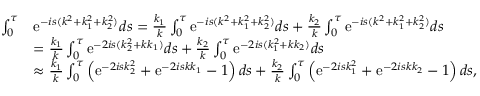
\begin{array} { r l } { \int _ { 0 } ^ { \tau } } & { \mathrm { e } ^ { - i s ( k ^ { 2 } + k _ { 1 } ^ { 2 } + k _ { 2 } ^ { 2 } ) } d s = \frac { k _ { 1 } } { k } \int _ { 0 } ^ { \tau } \mathrm { e } ^ { - i s ( k ^ { 2 } + k _ { 1 } ^ { 2 } + k _ { 2 } ^ { 2 } ) } d s + \frac { k _ { 2 } } { k } \int _ { 0 } ^ { \tau } \mathrm { e } ^ { - i s ( k ^ { 2 } + k _ { 1 } ^ { 2 } + k _ { 2 } ^ { 2 } ) } d s } \\ & { = \frac { k _ { 1 } } { k } \int _ { 0 } ^ { \tau } \mathrm { e } ^ { - 2 i s ( k _ { 2 } ^ { 2 } + k k _ { 1 } ) } d s + \frac { k _ { 2 } } { k } \int _ { 0 } ^ { \tau } \mathrm { e } ^ { - 2 i s ( k _ { 1 } ^ { 2 } + k k _ { 2 } ) } d s } \\ & { \approx \frac { k _ { 1 } } { k } \int _ { 0 } ^ { \tau } \left( \mathrm { e } ^ { - 2 i s k _ { 2 } ^ { 2 } } + \mathrm { e } ^ { - 2 i s k k _ { 1 } } - 1 \right) d s + \frac { k _ { 2 } } { k } \int _ { 0 } ^ { \tau } \left( \mathrm { e } ^ { - 2 i s k _ { 1 } ^ { 2 } } + \mathrm { e } ^ { - 2 i s k k _ { 2 } } - 1 \right) d s , } \end{array}